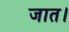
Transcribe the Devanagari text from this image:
जात।